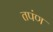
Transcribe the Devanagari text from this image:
तपंण